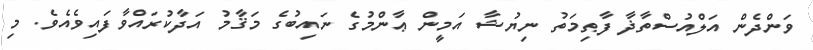
ވަންދެން އަލްއުސްތާޛާ ފާޠިމަތު ނިޔުޝާ އަމީން ޢާންމުގެ ނައިބުގެ މަޤާމު އަދާކުރައްވާފައިވެއެވެ. މި